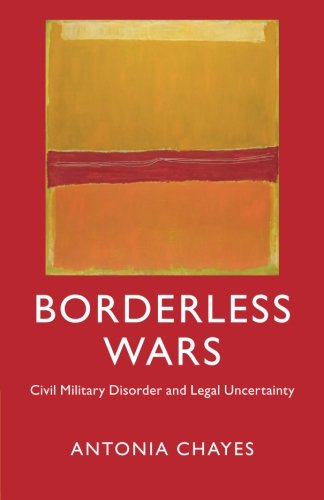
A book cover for Borderless Wars: Civil Military Disorder and Legal Uncertainty; Antonia Chayes; Law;